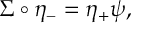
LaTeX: \Sigma \circ \eta _ { - } = \eta _ { + } \psi ,